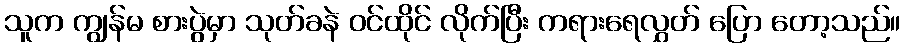
သူက ကျွန်မ စားပွဲမှာ သုတ်ခနဲ ဝင်ထိုင် လိုက်ပြီး ကရားရေလွှတ် ပြော တော့သည်။